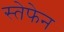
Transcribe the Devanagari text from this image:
स्तेफेन